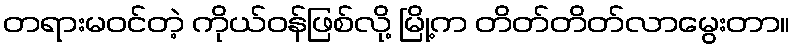
တရားမဝင်တဲ့ ကိုယ်ဝန်ဖြစ်လို့ မြို့က တိတ်တိတ်လာမွေးတာ။